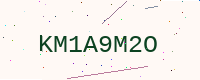
Text: KM1A9M2O